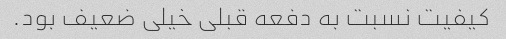
کیفیت نسبت به دفعه قبلی خیلی ضعیف بود.